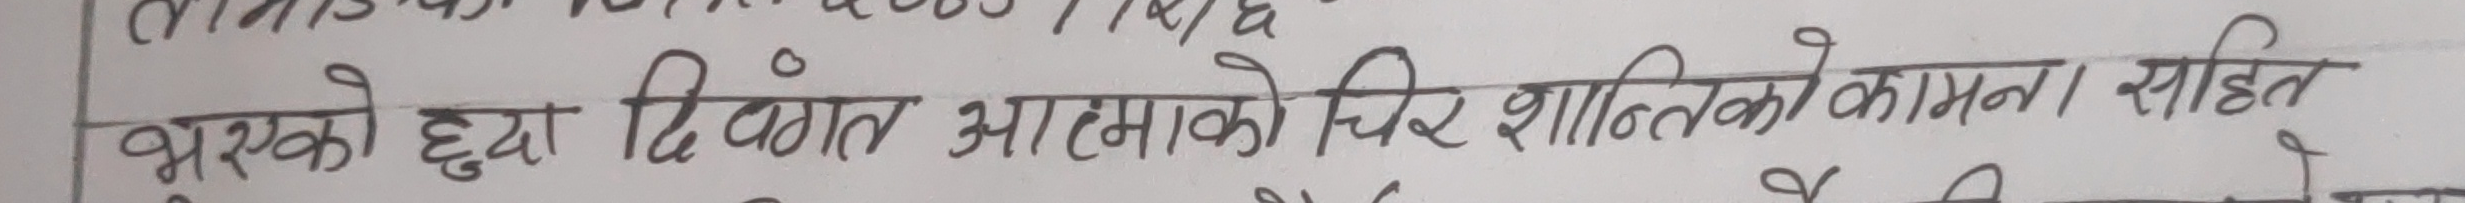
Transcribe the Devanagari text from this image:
भएको हुदा दिवंगत आत्माको चिर शान्तिको कामना सहित